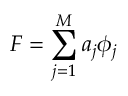
F = \sum _ { j = 1 } ^ { M } a _ { j } \phi _ { j }